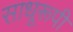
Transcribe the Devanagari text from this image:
साधूरूपी